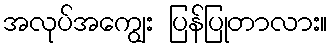
အလုပ်အကျွေး ပြန်ပြုတာလား။